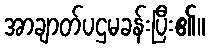
အာချာတ်ပဌမခန်းပြီး၏။